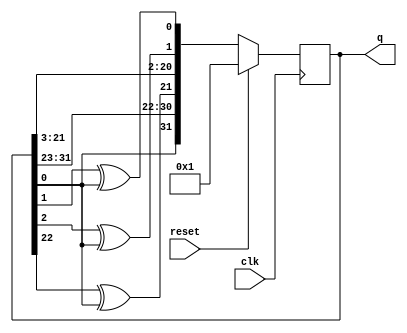
module top_module(
    input clk,
    input reset,    // Active-high synchronous reset to 32'h1
    output reg [31:0] q
); 
    
    always @(posedge clk) begin
        if (reset == 1'b1) begin
            q <= 32'b1;
        end
        else begin
            q <= {q[0], q[31:23], q[22] ^ q[0], q[21:3], q[2] ^ q[0], q[1] ^ q[0]};
        end
    end

endmodule